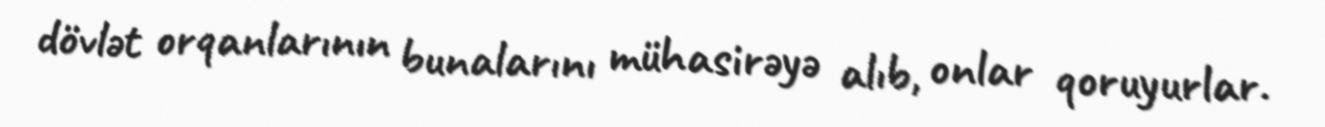
dövlət orqanlarının bunalarını mühasirəyə alıb, onlar qoruyurlar.